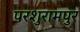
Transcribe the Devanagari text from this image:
परशुरामपुर